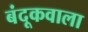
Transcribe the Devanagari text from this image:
बंदूकवाला